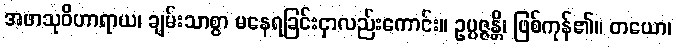
အဖာသုဝိဟာရာယ၊ ချမ်းသာစွာ မနေရခြင်းငှာလည်းကောင်း။ ဥပ္ပဇ္ဇန္တိ၊ ဖြစ်ကုန်၏။ တယော၊